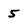
Character: 5